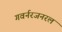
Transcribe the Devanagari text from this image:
गवर्नरजनरल